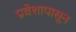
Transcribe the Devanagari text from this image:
प्रवेशापासून